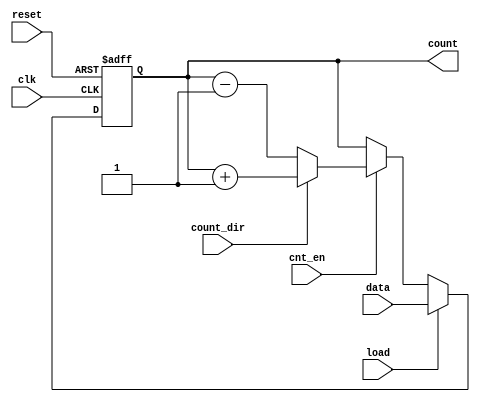
module async_load_counter #(
    parameter N = 8 // Define the width of the counter (e.g., 8 bits)
)(
    input wire clk,              // Clock signal
    input wire load,             // Load signal
    input wire [N-1:0] data,     // Data input for loading
    input wire cnt_en,           // Count enable signal
    input wire count_dir,        // Count direction (0: down, 1: up)
    input wire reset,            // Active high reset signal
    output reg [N-1:0] count     // Current count value
);

    // Asynchronous reset and load logic
    always @(posedge clk or posedge reset) begin
        if (reset) begin
            count <= 0; // Reset the counter to 0
        end else if (load) begin
            count <= data; // Load the data into the counter
        end else if (cnt_en) begin
            if (count_dir) begin
                count <= count + 1; // Count up
            end else begin
                count <= count - 1; // Count down
            end
        end
    end

endmodule